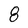
Character: 8